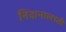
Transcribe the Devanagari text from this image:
निंदानालस्ती